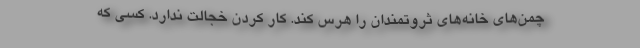
چمن‌های خانه‌های ثروتمندان را هرس کند. کار کردن خجالت ندارد. کسی که